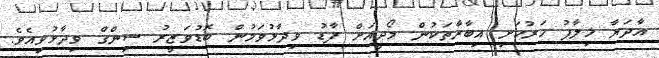
އާދަޔާ ޚިލާފު ހަރުކަށި އިބާރާތަކުން މޯދީއަށް ފާޑު ވިދާޅުވަމުން ބޮޑުވަޒީރު ސިންގް ވިދާޅުވިއެވެ.